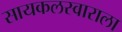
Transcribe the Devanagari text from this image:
सायकलस्वाराला